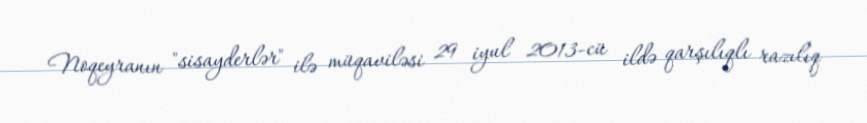
Noqeyranın "sisayderlər" ilə müqaviləsi 29 iyul 2013-cü ildə qarşılıqlı razılıq